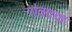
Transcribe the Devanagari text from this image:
गोवराचा